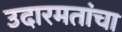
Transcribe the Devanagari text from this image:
उदारमतांचा